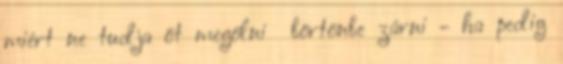
miért ne tudja őt megölni börtönbe zárni - ha pedig